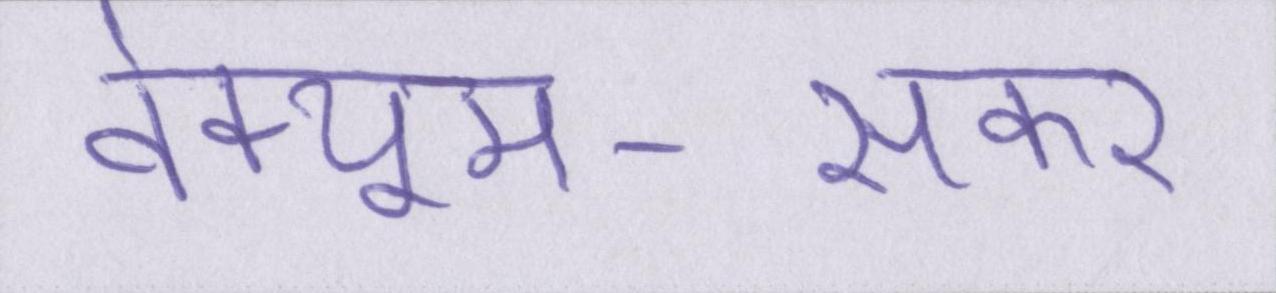
वेक्यूम-सकर